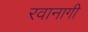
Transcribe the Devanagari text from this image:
रवानागी